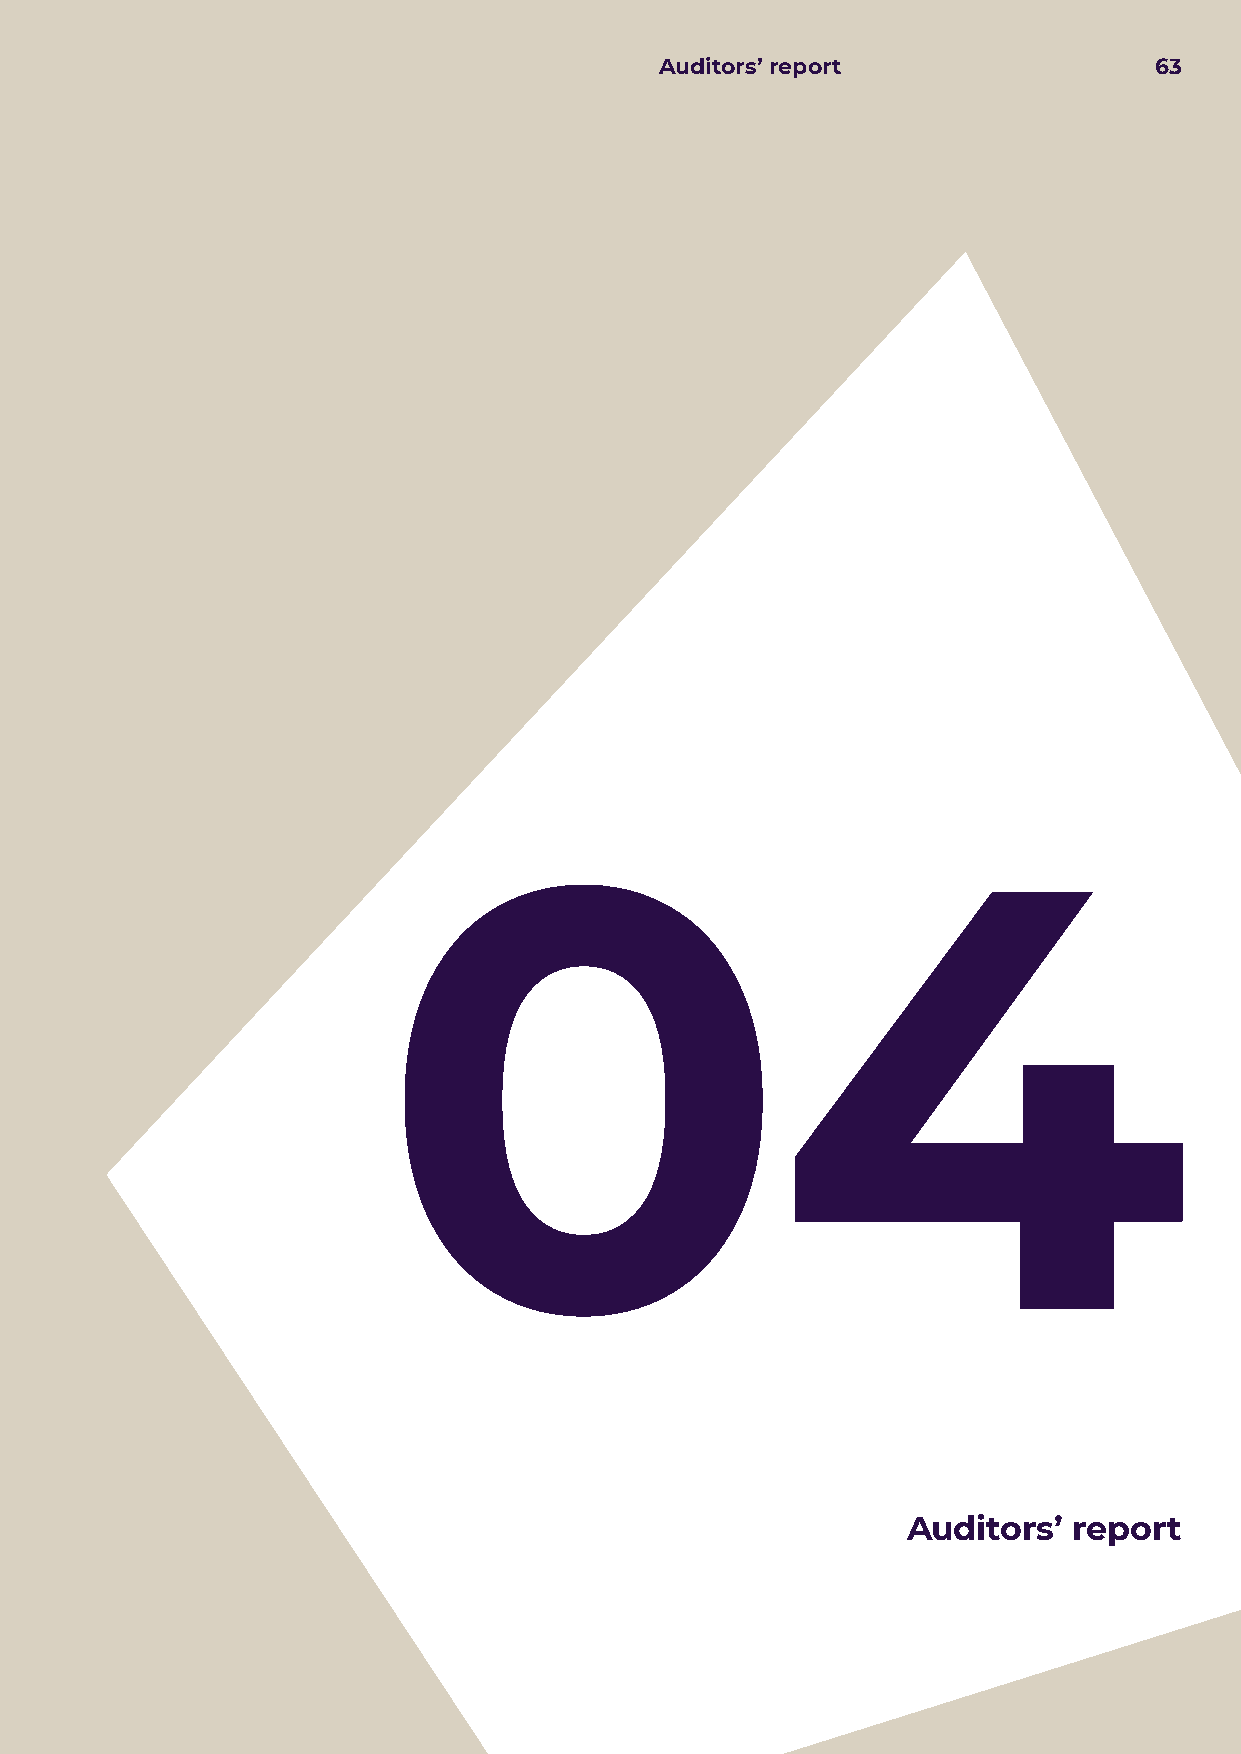
Auditors’ report                63
 04
 Auditors’  report